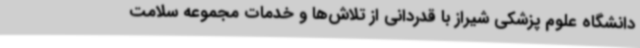
دانشگاه علوم پزشکی شیراز با قدردانی از تلاش‌ها و خدمات مجموعه سلامت